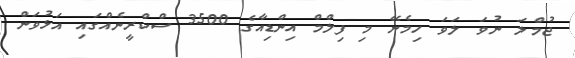
ޖުމްލަ ނުވަ ލަވަ ހިމެނޭ މި ފިލްމް އިންޑިއާގެ 3500 ސްކްރީނެއްގައި އަޅުވަން